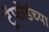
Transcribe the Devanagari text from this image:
ट्रॅफोर्डच्या